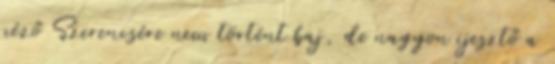
néző Szerencsére nem történt baj, de nagyon ijesztő a